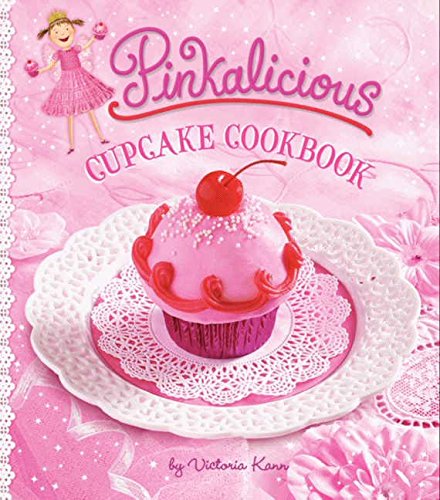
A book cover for Pinkalicious Cupcake Cookbook; Victoria Kann; Children's Books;